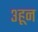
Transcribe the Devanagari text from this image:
३हून